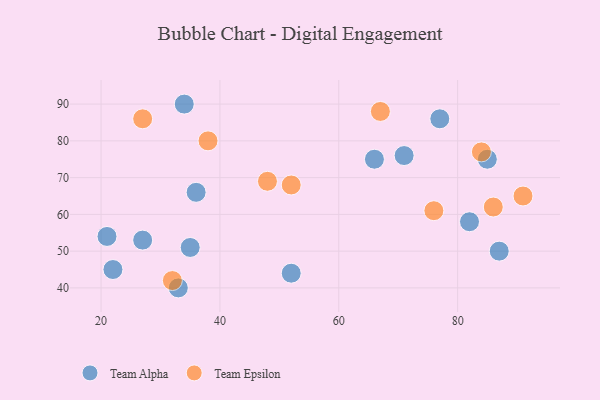
{"axis": {"x": "GDP", "y": "Life Expectancy"}, "legend": ["Team Alpha", "Team Epsilon"], "data": [{"x": "52", "y": 44, "type": "Team Alpha"}, {"x": "35", "y": 51, "type": "Team Alpha"}, {"x": "22", "y": 45, "type": "Team Alpha"}, {"x": "21", "y": 54, "type": "Team Alpha"}, {"x": "87", "y": 50, "type": "Team Alpha"}, {"x": "66", "y": 75, "type": "Team Alpha"}, {"x": "27", "y": 53, "type": "Team Alpha"}, {"x": "85", "y": 75, "type": "Team Alpha"}, {"x": "82", "y": 58, "type": "Team Alpha"}, {"x": "77", "y": 86, "type": "Team Alpha"}, {"x": "34", "y": 90, "type": "Team Alpha"}, {"x": "33", "y": 40, "type": "Team Alpha"}, {"x": "36", "y": 66, "type": "Team Alpha"}, {"x": "71", "y": 76, "type": "Team Alpha"}, {"x": "32", "y": 42, "type": "Team Epsilon"}, {"x": "86", "y": 62, "type": "Team Epsilon"}, {"x": "76", "y": 61, "type": "Team Epsilon"}, {"x": "27", "y": 86, "type": "Team Epsilon"}, {"x": "84", "y": 77, "type": "Team Epsilon"}, {"x": "67", "y": 88, "type": "Team Epsilon"}, {"x": "91", "y": 65, "type": "Team Epsilon"}, {"x": "52", "y": 68, "type": "Team Epsilon"}, {"x": "38", "y": 80, "type": "Team Epsilon"}, {"x": "48", "y": 69, "type": "Team Epsilon"}]}